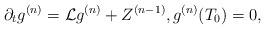
LaTeX: \begin{align*}\partial_tg^{(n)}=\mathcal{L}g^{(n)}+Z^{(n-1)},g^{(n)}(T_0)=0,\end{align*}